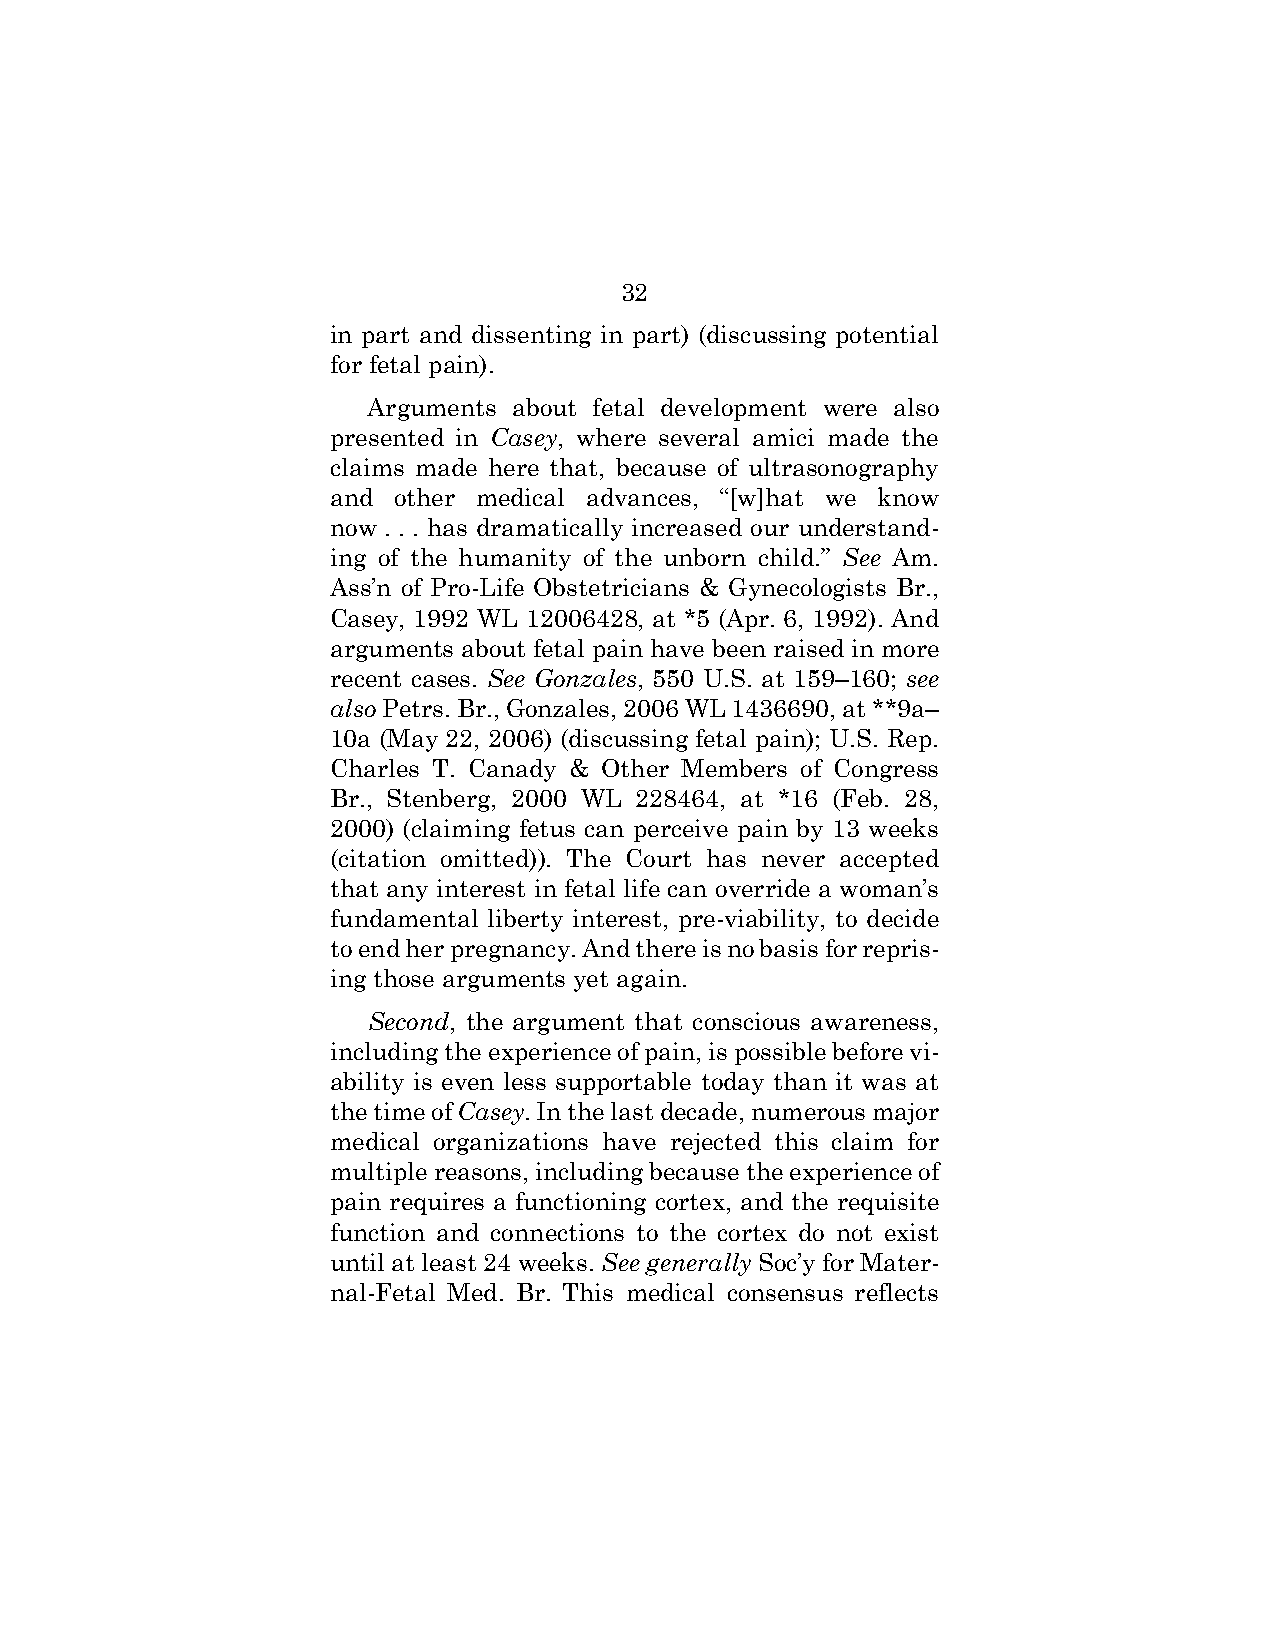
32
 in part and dissenting in part) (discussing potential
 for fetal pain).
 Arguments about fetal development were also
 presented in Casey, where several amici made the
 claims made here that, because of ultrasonography
 and other medical advances, “[w]hat we know
 now . . . has dramatically increased our understand-
 ing of the humanity of the unborn child.” See Am.
 Ass’n of Pro-Life Obstetricians & Gynecologists Br.,
 Casey, 1992 WL 12006428, at *5 (Apr. 6, 1992). And
 arguments about fetal pain have been raised in more
 recent cases. See Gonzales, 550 U.S. at 159–160; see
 also Petrs. Br., Gonzales, 2006 WL 1436690, at **9a–
 10a (May 22, 2006) (discussing fetal pain); U.S. Rep.
 Charles T. Canady & Other Members of Congress
 Br., Stenberg, 2000 WL 228464, at *16 (Feb. 28,
 2000) (claiming fetus can perceive pain by 13 weeks
 (citation omitted)). The Court has never accepted
 that any interest in fetal life can override a woman’s
 fundamental liberty interest, pre-viability, to decide
 to end her pregnancy. And there is no basis for repris-
 ing those arguments yet again.
 Second, the argument that conscious awareness,
 including the experience of pain, is possible before vi-
 ability is even less supportable today than it was at
 the time of Casey. In the last decade, numerous major
 medical organizations have rejected this claim for
 multiple reasons, including because the experience of
 pain requires a functioning cortex, and the requisite
 function and connections to the cortex do not exist
 until at least 24 weeks. See generally Soc’y for Mater-
 nal-Fetal Med. Br. This medical consensus reflects